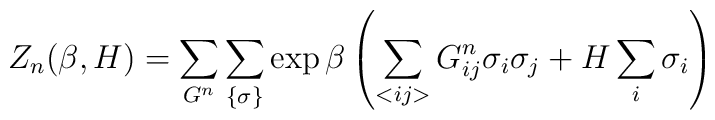
Z_n(\beta, H) = \sum_{G^n}\sum_{\{ \sigma \}} \exp \beta \left( \sum_{<ij>} G^n_{ij} \sigma_i\sigma_j + H \sum_i \sigma_i \right)